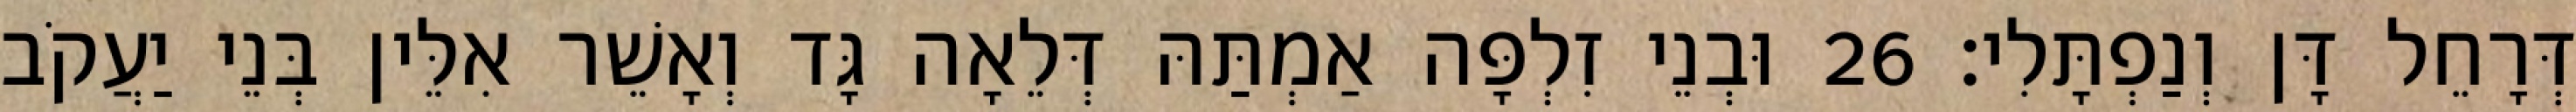
דְּרָחֵל דָּן וְנַפְתָּלִי׃ 26 וּבְנֵי זִלְפָּה אַמְתַּהּ דְּלֵאָה גָּד וְאָשֵׁר אִלֵּין בְּנֵי יַעֲקֹב